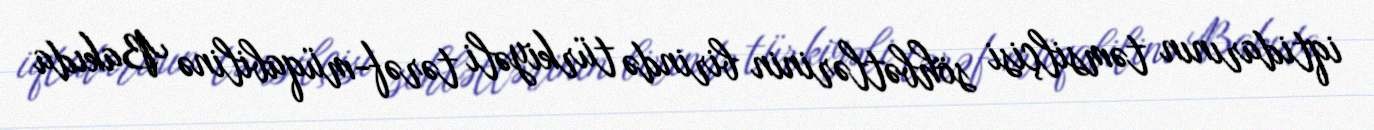
iqtidarının təmsilçisi söhbətlərinin birində türkiyəli tərəf-müqabilinə Bakıda